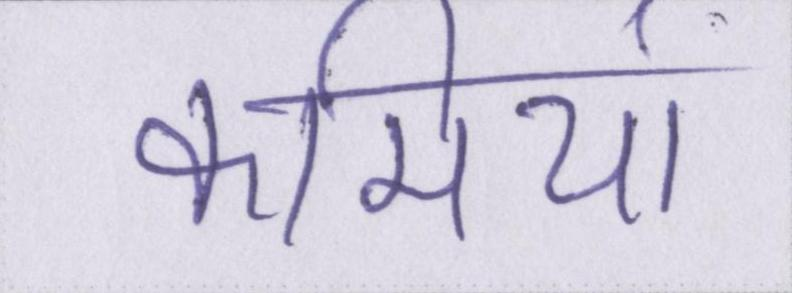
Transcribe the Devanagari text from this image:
कमियां